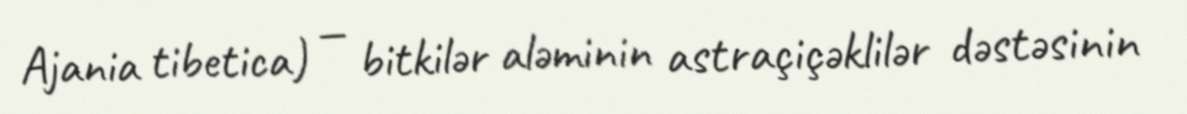
Ajania tibetica) — bitkilər aləminin astraçiçəklilər dəstəsinin